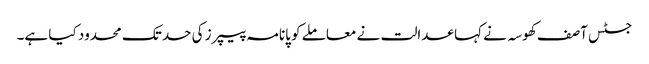
جسٹس آصف کھوسہ نے کہا عدالت نے معاملے کو پانامہ پیپرز کی حد تک محدود کیا ہے۔